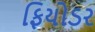
ફિયોડર